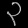
Digit: ၃